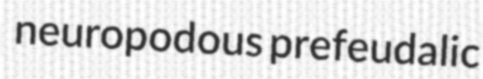
neuropodous prefeudalic